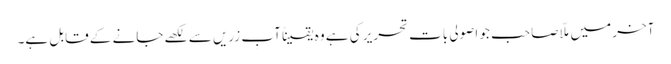
آخر میں ملّا صاحب جو اصولی بات تحریر کی ہے وہ یقیناً آبِ زریں سے لکھے جانے کے قابل ہے۔